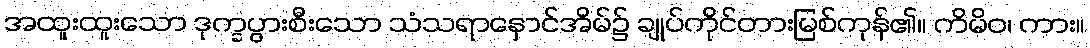
အထူးထူးသော ဒုက္ခပွားစီးသော သံသရာနှောင်အိမ်၌ ချုပ်ကိုင်တားမြစ်ကုန်၏။ ကိမိဝ၊ ကား။